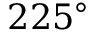
2 2 5 ^ { \circ }